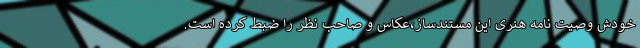
خودش وصیت نامه هنری این مستندساز،عکاس و صاحب نظر را ضبط کرده است.